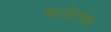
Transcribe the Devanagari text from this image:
कलोत्पन्न